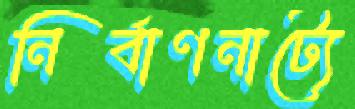
নির্বাণনাট্যে